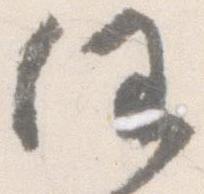
任